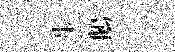
步鵝